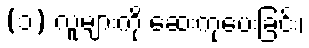
(၁) လူများကို ဆေးကုပေးခြင်း၊